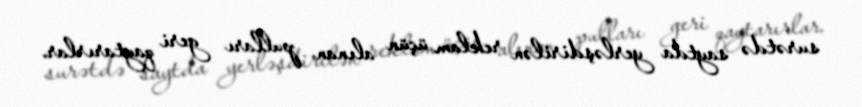
surətdə saytda yerləşdirilən reklam üçün alınan pulları geri qaytarırlar.